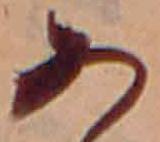
あ